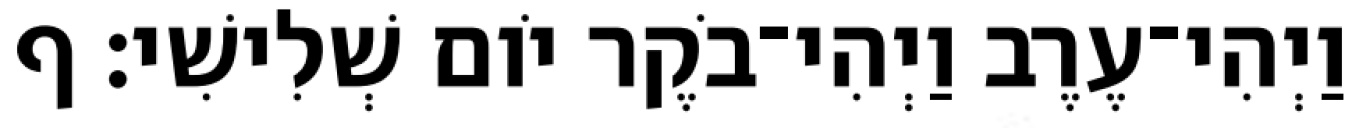
וַיְהִי־עֶרֶב וַיְהִי־בֹקֶר יֹום שְׁלִישִׁי׃ ף